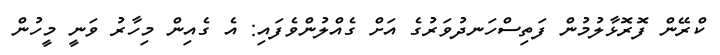
ކްރޭން ފޮރޮޅާލުމުން ފަތިސްހަނދުވަރުގެ އަށް ގެއްލުންވެފައި: އެ ގެއިން މިހާރު ވަނީ މީހުން